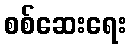
စစ်ဆေးရေး